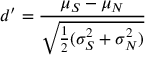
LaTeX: d ^ { \prime } = { \frac { \mu _ { S } - \mu _ { N } } { \sqrt { { \frac { 1 } { 2 } } ( \sigma _ { S } ^ { 2 } + \sigma _ { N } ^ { 2 } ) } } }